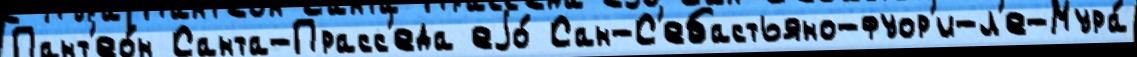
Пант'ео́н Санта-Прасс'еда еjо́ Сан-С'ебастьяно-фуор'и-л'е-Мура́